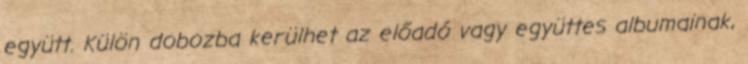
együtt. Külön dobozba kerülhet az előadó vagy együttes albumainak,